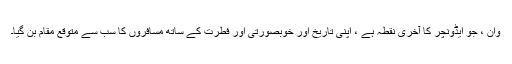
وان ، جو ایڈونچر کا آخری نقطہ ہے ، اپنی تاریخ اور خوبصورتی اور فطرت کے ساتھ مسافروں کا سب سے متوقع مقام بن گیا۔